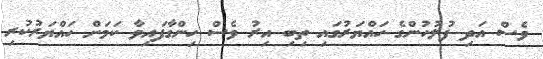
ވެސް އަދި ފުލުހުންގެ ހައްޔަރުގައި ތިބި އިރު ވެސް ހިންގާފައިވާ ކަމަށް ހައްޔަރުކުރި